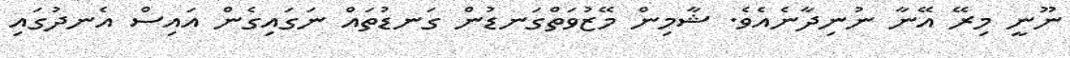
ނޫނީ މިރޭ އޭނާ ނުނިދާނެއެވެ. ޝާމިން މޭޒުވަތްގަނޑުން ގަނޑުތައް ނަގައިގެން އައިސް އެނދުގައި